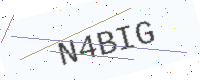
Text: N4BIG